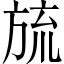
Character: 旈